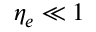
\eta _ { e } \ll 1